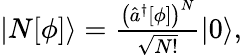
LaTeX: \begin{array}{r}{|N[\phi]\rangle=\frac{\bigl(\hat{a}^{\dagger}[\phi]\bigr)^{N}}{\sqrt{N!}}|0\rangle,}\end{array}